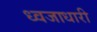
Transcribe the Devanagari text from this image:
ध्‍वजाधारी